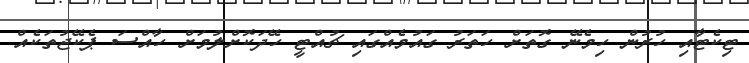
ޓިކެޓާއި ހުރުން ހިމެނޭ ގޮތަށް ހަތަރު ގައުމެއްގައި ޗުއްޓީ ހޭދަކޮށްލުމަށް ހާއްސަ ޕެކޭޖުތަކެއް